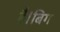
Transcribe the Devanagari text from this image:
है।बिग